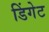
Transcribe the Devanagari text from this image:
डिंगेट